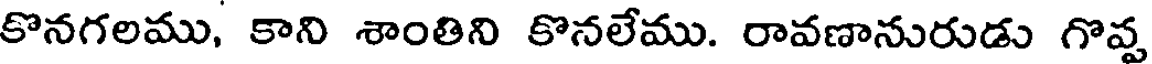
కొనగలము, కాని శాంతిని కొనలేము. రావణానురుడు గొప్ప